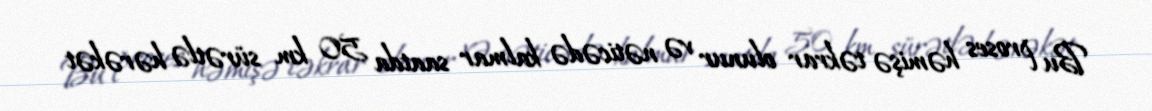
Bu proses həmişə təkrar olunur və nəticədə kalmar saatda 50 km sürətlə hərəkət